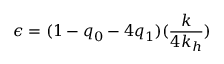
\epsilon = ( 1 - q _ { 0 } - 4 q _ { 1 } ) ( \frac { k } { 4 k _ { h } } )